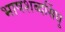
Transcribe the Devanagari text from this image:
भाषशब्दसिंधु